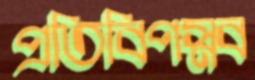
প্রতিবিপস্নব